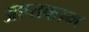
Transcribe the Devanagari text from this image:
आप्तकाम